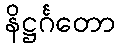
နိဋ္ဌင်္ဂတော